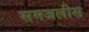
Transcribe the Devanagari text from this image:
समजलीस